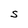
Character: S